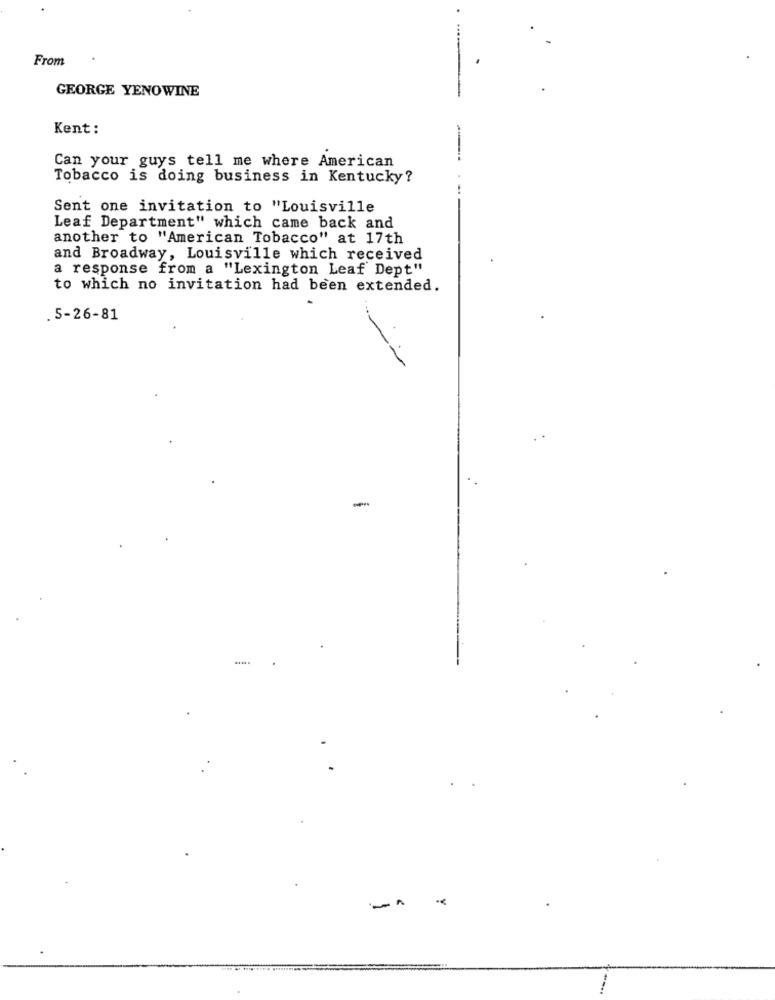
From
GEORGE YENOWINE
Kent:
Can your guys tell me where American
Tobacco is doing business in Kentucky?
Sent one invitation to "Louisville
Leaf Department" which came back and
another to "American Tobacco" at 17th
and Broadway, Louisville which received
a response from a "Lexington Leaf Dept"
to which no invitation had been extended.
. 5-26-81
-
...